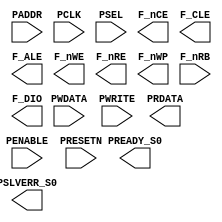
module NAND_controller(
    /* APB Inputs */
    PADDR,
    PCLK,
    PENABLE,
    PRESETN,
    PSEL,
    PWDATA,
    PWRITE,
    
    /* APB Outputs */
    PRDATA,
    PREADY_S0,
    PSLVERR_S0,
    
    /* Controller Outputs to Flash  */
    F_nCE, 
    F_CLE, 
    F_ALE, 
    F_nWE, 
    F_nRE, 
    F_nWP,
    F_nRB,
    /* Controller Inout  */
    F_DIO
);

//--------------------------------------------------------------------
// Input
//--------------------------------------------------------------------
/* APB Input */
input  [4:0] PADDR;
input        PCLK;
input        PENABLE;
input        PRESETN;
input        PSEL;
input  [7:0] PWDATA;
input        PWRITE;
/* Flash Input */
input        F_nRB; 

//--------------------------------------------------------------------
// Output
//--------------------------------------------------------------------
/* APB Output */
output [7:0] PRDATA;
output       PREADY_S0;
output       PSLVERR_S0;
/* Controller Output */
output      F_nCE; 
output      F_CLE; 
output      F_ALE; 
output      F_nWE; 
output      F_nRE; 
output      F_nWP;
/* Controller Inout */
output      F_DIO;

//--------------------------------------------------------------------
// Nets
//--------------------------------------------------------------------

/* APB wires */
wire   [4:0] PADDR;
wire         PENABLE;
wire         PSEL;
wire   [7:0] PWDATA;
wire         PWRITE;
wire         PCLK;
wire         PRESETN;

/* Controller wires */
wire    [7:0]   C_tx_data;
wire    [7:0]   C_rx_data;
wire            C_wr_enable;
wire            C_rd_enable;
wire            C_tx_ready;
wire            C_rx_ready;

/* Internal signals and array */
reg [2:0]   i_state;
reg [2:0]   i_next_state;
reg [7:0]   i_cmd  [1:0];
reg [7:0]   i_addr [4:0];
reg         icmd_ptr;
reg [2:0]   iaddr_ptr ;

//<statements>
assign C_wr_enable = (PENABLE && PWRITE && PSEL);
assign C_rd_enable = (!PWRITE && PSEL);
assign PREADY = (C_tx_ready && C_rx_ready && F_nRB);
endmodule